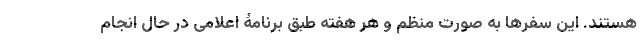
هستند. این سفرها به صورت منظم و هر هفته طبق برنامۀ اعلامی در حال انجام